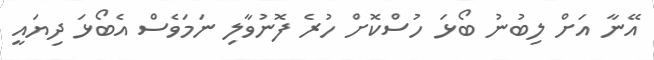
އޭނާ އަށް ލިބުނު ބޯޅަ ހުސްކޮށް ހުރެ ފޮނުވާލި ނަމަވެސް އެބޯޅަ ދިޔައީ